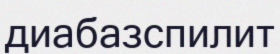
диабазспилит